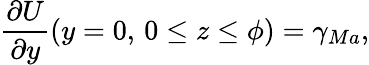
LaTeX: \frac{\partial U}{\partial y}(y=0,\, 0\leq z\leq\phi)=\gamma_{Ma},